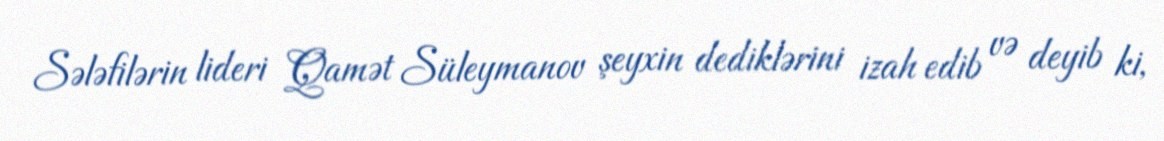
Sələfilərin lideri Qamət Süleymanov şeyxin dediklərini izah edib və deyib ki,